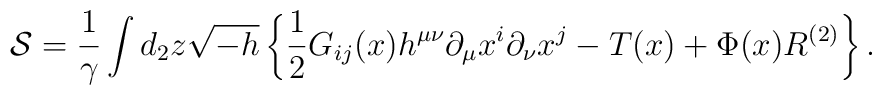
{\cal S} =\frac{1}{\gamma} \int d_2z \sqrt{-h}\left \{{1\over 2} G_{ij} (x) h^{\mu \nu}\partial_{\mu}x^{i}\partial_{\nu}x^{j} - T(x) +\Phi(x)R^{(2)}\right \}.